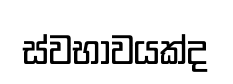
ස්වභාවයක්ද